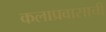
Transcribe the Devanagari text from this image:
कलाप्रवासाची